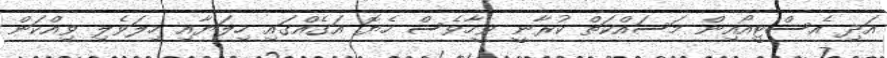
އަދި އެސްޓީއޯއިން މަސައްކަތް ކުރާނީ ވީހާވެސް ހެޔޮ އަގެއްގައި ހިލަޔާއި ހިލަވެލި ވިއްކަން